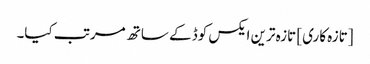
[تازہ کاری] تازہ ترین ایکس کوڈ کے ساتھ مرتب کیا۔